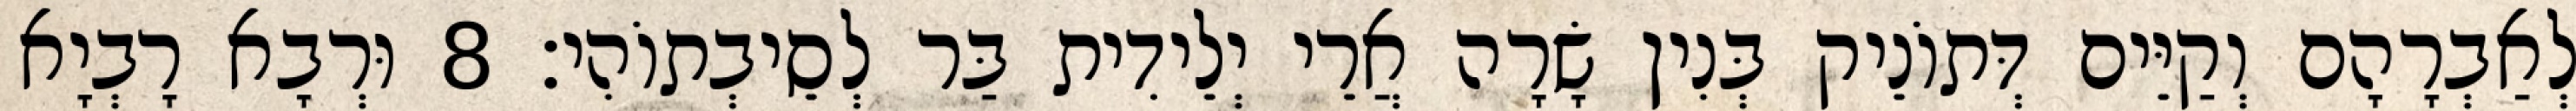
לְאַבְרָהָם וְקַיֵּים דְּתוֹנֵיק בְּנִין שָׂרָה אֲרֵי יְלֵידִית בַּר לְסֵיבְתוֹהִי׃ 8 וּרְבָא רָבְיָא